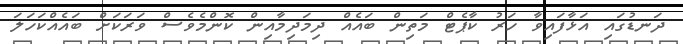
ދަނޑުގައި އަޅާފައިވާ ހަރު ކާޕެޓް މަތިން ބައެއް ދިމަދިމާއިން ކޮންމެވެސް ވަރަކަށް ބައެއްކަހަލަ